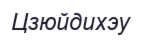
Цзюйдихэу